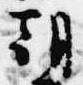
朝